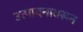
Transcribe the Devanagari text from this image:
उत्पादनावरून